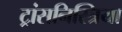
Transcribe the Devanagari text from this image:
ट्रांसनिस्त्रिया